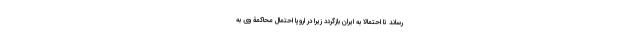
رساند تا احتمالا به ایران بازگردد زیرا در اروپا احتمال محاکمۀ وی به